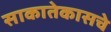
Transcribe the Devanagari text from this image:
साकातेकासचे